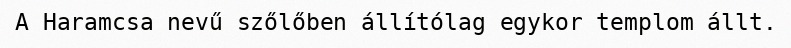
A Haramcsa nevű szőlőben állítólag egykor templom állt.